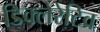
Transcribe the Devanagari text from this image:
डिक्लेरेटिव